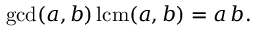
\operatorname* { g c d } ( a , b ) \operatorname { l c m } ( a , b ) = a \, b .